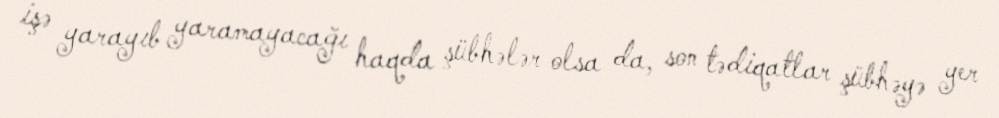
işə yarayıb yaramayacağı haqda şübhələr olsa da, son tədiqatlar şübhəyə yer